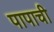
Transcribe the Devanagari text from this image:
पापाची